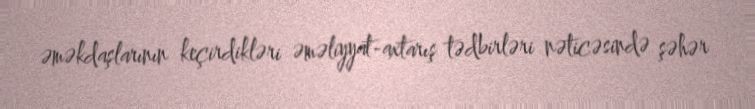
əməkdaşlarının keçirdikləri əməliyyat-axtarış tədbirləri nəticəsində şəhər